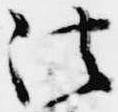
法